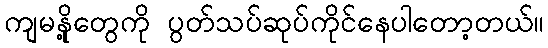
ကျမနို့တွေကို ပွတ်သပ်ဆုပ်ကိုင်နေပါတော့တယ်။